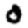
Digit: 0